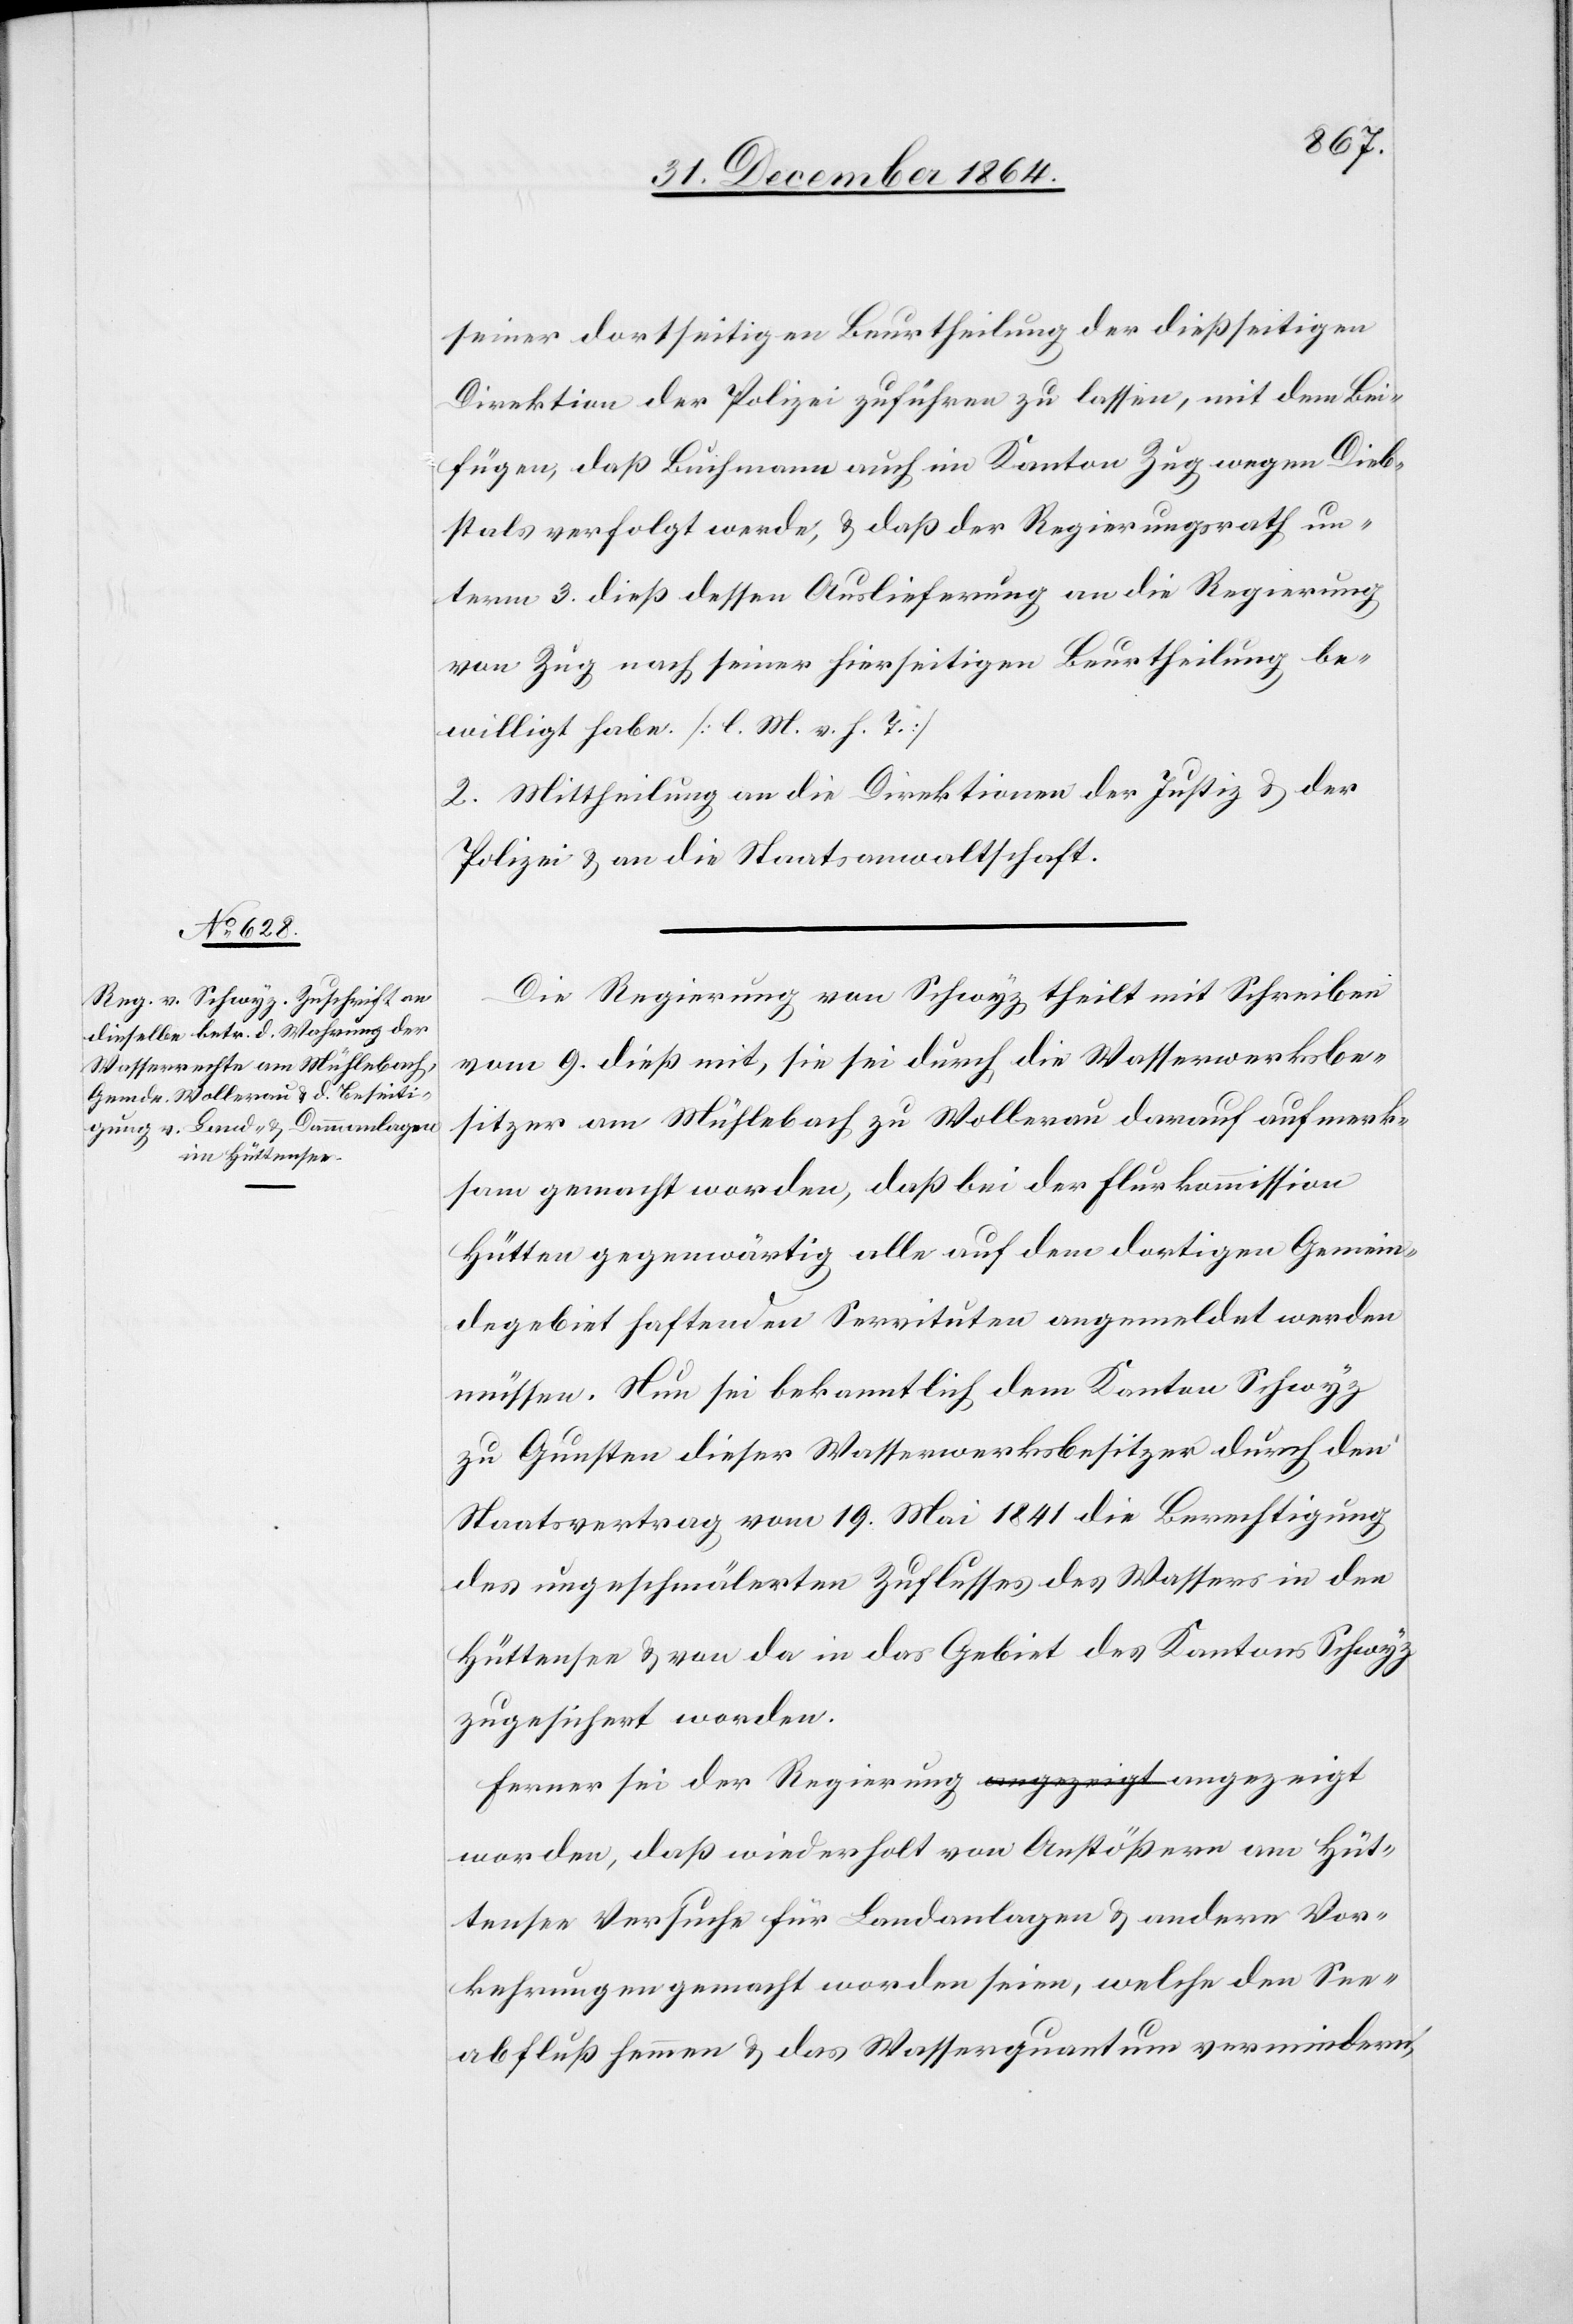
seiner dortseitigen Beurtheilung der dießseitigen
Direktion der Polizei zuführen zu lassen, mit dem Bei¬
fügen, daß Buchmann auch im Kanton Zug wegen Dieb¬
stals verfolgt werde, & daß der Regierungsrath un¬
term 3. dieß dessen Auslieferung an die Regierung
von Zug nach seiner hierseitigen Beurtheilung be¬
willigt habe. [l. M. v. h. T.]
2. Mittheilung an die Direktionen der Justiz & der
Polizei & an die Staatsanwaltschaft.
Die Regierung von Schwyz theilt mit Schreiben
vom 9. dieß mit, sie sei durch die Wasserwerksbe¬
sitzer am Mühlebach zu Wollerau darauf aufmerk¬
sam gemacht worden, daß bei der Flurkommission
Hütten gegenwärtig alle auf dem dortigen Gemein¬
degebiet haftenden Servituten angemeldet werden
müssen. Nun sei bekanntlich dem Kanton Schwyz
zu Gunsten dieser Wasserwerksbesitzer durch den
Staatsvertrag vom 19. Mai 1841 die Berechtigung
des ungeschmälerten Zuflusses des Wassers in den
Hüttensee & von da in das Gebiet des Kantons Schwyz
zugesichert worden.
Ferner sei der Regierung a-angezeigt-a angezeigt
worden, daß wiederholt von Anstößern am Hüt¬
tensee Versuche für Landanlagen & andere Vor¬
kehrungen gemacht worden seien, welche den See¬
abfluß hemmen & das Wasserquantum vermindern,